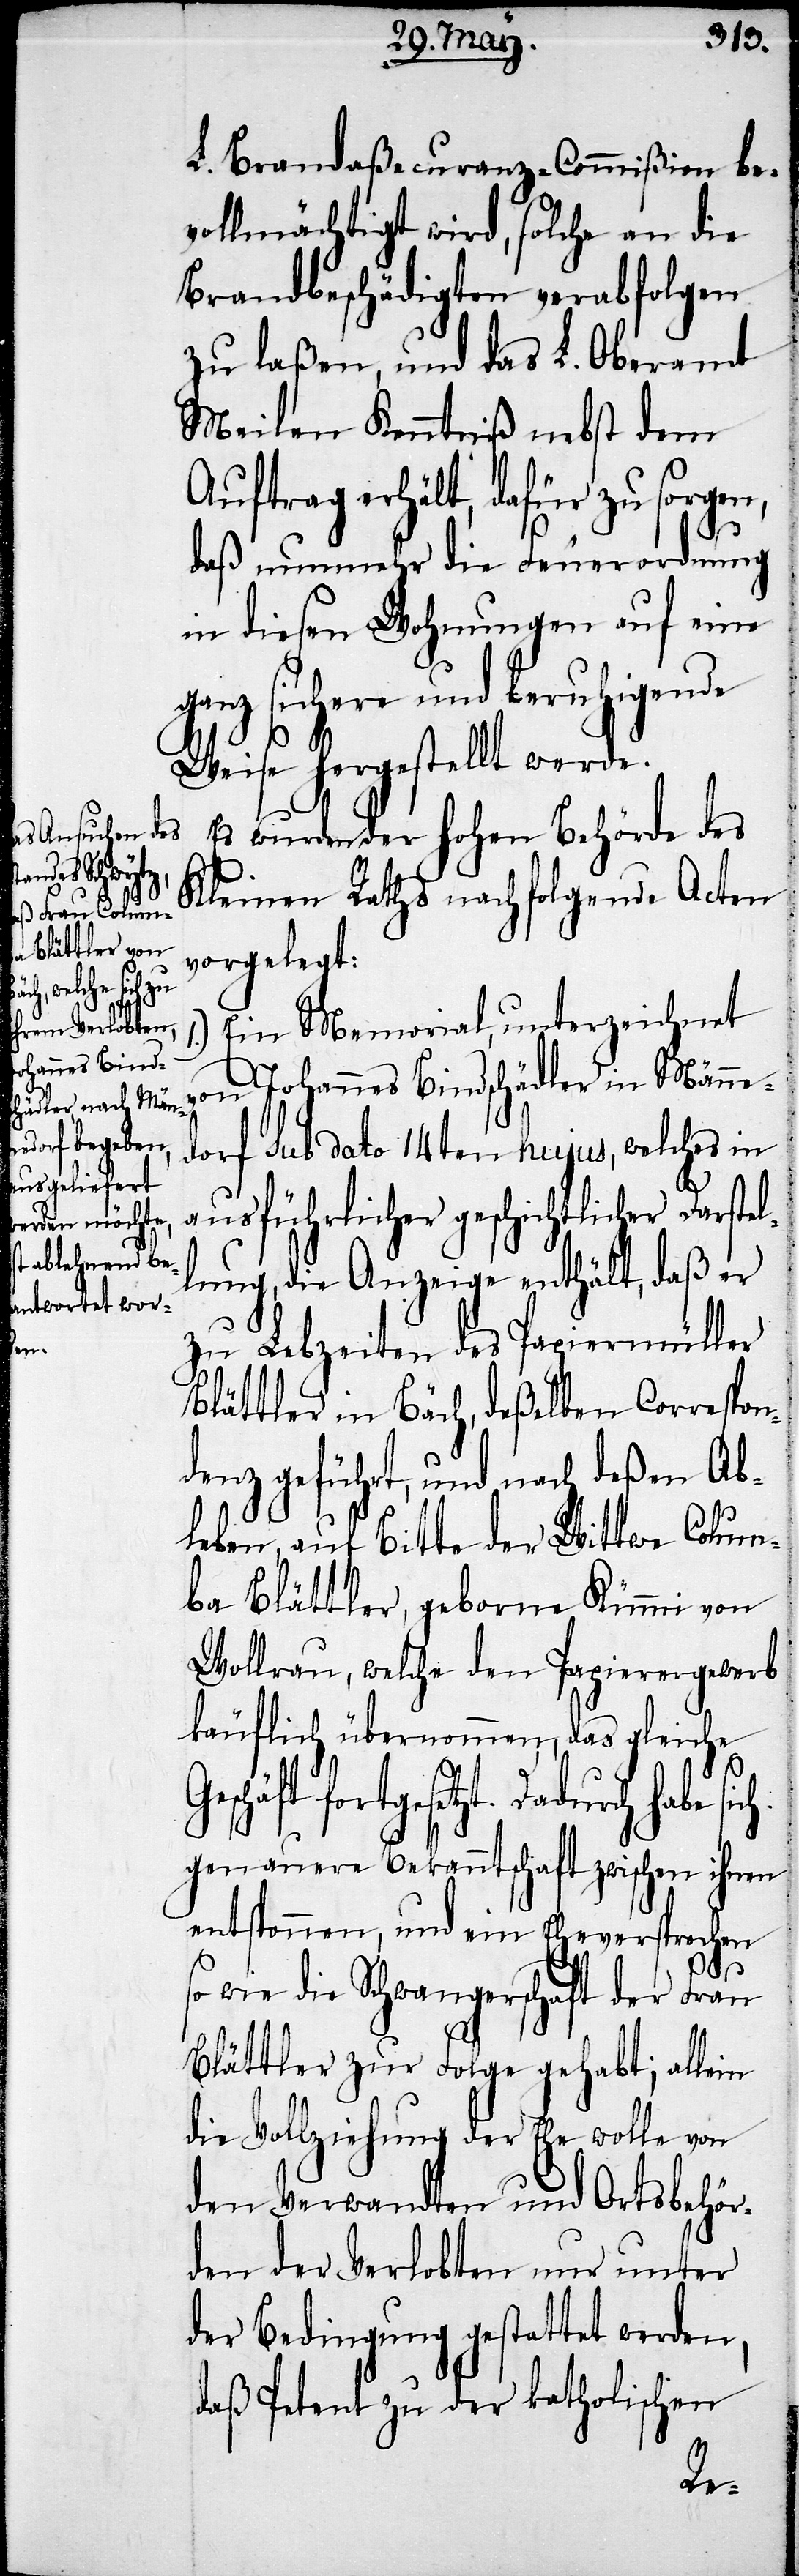
L. Brandaßecuranz-Commißion be¬
vollmächtigt wird, solche an die
Brandbeschädigten verabfolgen
zu laßen, und das L. Oberamt
Meilen Kenntniß nebst dem
Auftrag erhält, dafür zu sorgen,
daß nunmehr die Feuerordnung
in diesen Wohnungen auf eine
ganz sichere und beruhigende
Weise hergestellt werde.
Es wurden der hohen Behörde des
Kleinen Rathes nachfolgende Acten
vorgelegt:
Ein Memorial, unterzeichnet
von Johannes Bindschädler in Männe¬
dorf sub dato 14ten hujus, welches in
ausführlicher geschichtlicher Darstel¬
lung, die Anzeige enthält, daß er
zu Lebzeiten des Papiermüller
Blättler in Bäch, deßelben Corrspon¬
denz geführt, und nach deßen Ab¬
leben, auf Bitte der Wittwe Colum¬
ba Blättler, geborne Kümmi von
[sic!], welche den Papierergewerb
käuflich übernommen, das gleiche
fortgesetzt. Dadurch habe
genauere Bekanntschaft zwischen ihnen
entsponnen, und ein Eheversprechen
so wie die Schwangerschaft der Frau
Blättler zur Folge gehabt; allein
die Vollziehung der Ehe wolle von
den Verwandten und Ortsbehör¬
den der Verlobten nur unter
der Bedingung gestattet werden,
daß Petent zu der katholischen